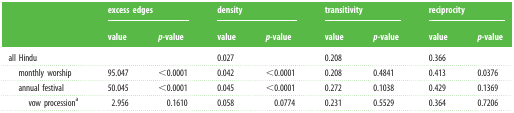
<table><thead><tr><td></td><td colspan="2"><b>excess edges</b></td><td colspan="2"><b>density</b></td><td colspan="2"><b>transitivity</b></td><td colspan="2"><b>reciprocity</b></td></tr><tr><td></td><td><b>value</b></td><td><b><i>p</i>-value</b></td><td><b>value</b></td><td><b><i>p</i>-value</b></td><td><b>value</b></td><td><b><i>p</i>-value</b></td><td><b>value</b></td><td><b><i>p</i>-value</b></td></tr></thead><tbody><tr><td>all Hindu</td><td></td><td></td><td>0.027</td><td></td><td>0.208</td><td></td><td>0.366</td><td></td></tr><tr><td> monthly worship</td><td>95.047</td><td>&lt;0.0001</td><td>0.042</td><td>&lt;0.0001</td><td>0.208</td><td>0.4841</td><td>0.413</td><td>0.0376</td></tr><tr><td> annual festival</td><td>50.045</td><td>&lt;0.0001</td><td>0.045</td><td>&lt;0.0001</td><td>0.272</td><td>0.1038</td><td>0.429</td><td>0.1369</td></tr><tr><td>vow procession<sup>a</sup></td><td>2.956</td><td>0.1610</td><td>0.058</td><td>0.0774</td><td>0.231</td><td>0.5529</td><td>0.364</td><td>0.7206</td></tr></tbody></table>